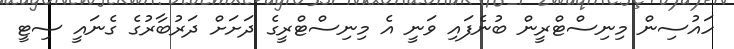
ހައުސިން މިނިސްޓްރީން ބުނެފައި ވަނީ އެ މިނިސްޓްރީގެ ދަށަށް ދަރުބާރުގެ ގެނައީ ސިޓީ